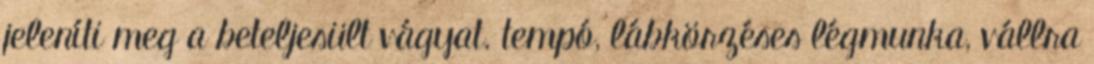
jeleníti meg a beteljesült vágyat. tempó, lábkörzéses légmunka, vállra